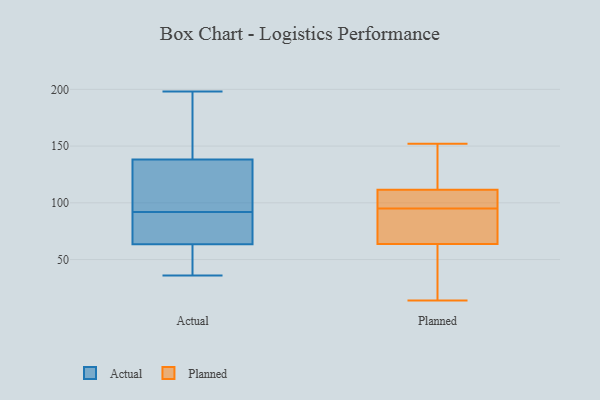
{"axis": {"x": "Latency (ms)", "y": "Value"}, "legend": ["Actual", "Planned"], "data": [{"x": "", "y": 118, "type": "Actual"}, {"x": "", "y": 67, "type": "Actual"}, {"x": "", "y": 45, "type": "Actual"}, {"x": "", "y": 98, "type": "Actual"}, {"x": "", "y": 198, "type": "Actual"}, {"x": "", "y": 195, "type": "Actual"}, {"x": "", "y": 92, "type": "Actual"}, {"x": "", "y": 145, "type": "Actual"}, {"x": "", "y": 86, "type": "Actual"}, {"x": "", "y": 40, "type": "Actual"}, {"x": "", "y": 180, "type": "Actual"}, {"x": "", "y": 36, "type": "Actual"}, {"x": "", "y": 136, "type": "Actual"}, {"x": "", "y": 77, "type": "Actual"}, {"x": "", "y": 97, "type": "Actual"}, {"x": "", "y": 80, "type": "Actual"}, {"x": "", "y": 53, "type": "Actual"}, {"x": "", "y": 33, "type": "Planned"}, {"x": "", "y": 42, "type": "Planned"}, {"x": "", "y": 105, "type": "Planned"}, {"x": "", "y": 152, "type": "Planned"}, {"x": "", "y": 106, "type": "Planned"}, {"x": "", "y": 73, "type": "Planned"}, {"x": "", "y": 95, "type": "Planned"}, {"x": "", "y": 128, "type": "Planned"}, {"x": "", "y": 138, "type": "Planned"}, {"x": "", "y": 14, "type": "Planned"}, {"x": "", "y": 87, "type": "Planned"}, {"x": "", "y": 101, "type": "Planned"}, {"x": "", "y": 71, "type": "Planned"}]}